Indian journal of veterinary science and animal husbandry - Volume 9,
Year: 1939
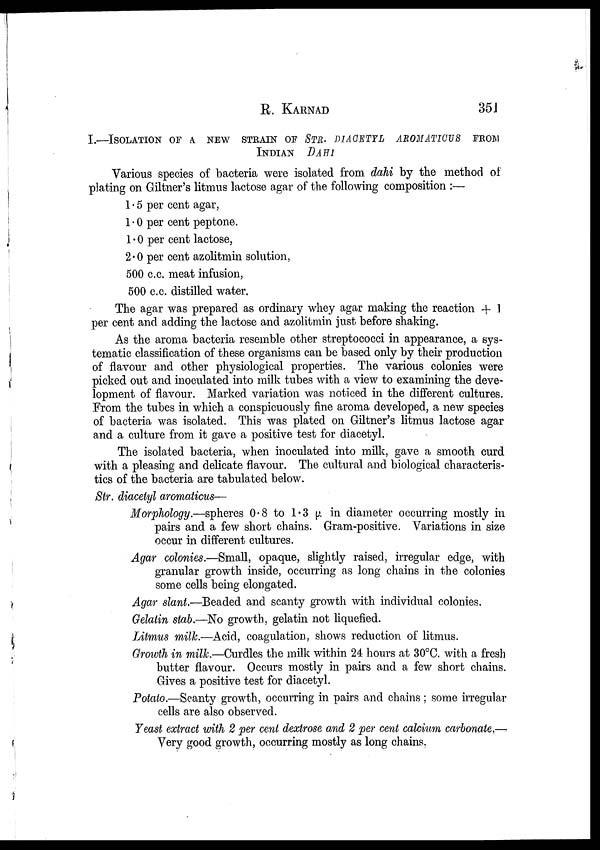
R.
KARNAD
351
I.—ISOLATION OF A NEW STRAIN OF STR. DIACETYL AROM
INDIAN DAHI
Various species of bacteria were isolated from dahi by the method of
plating on Giltner's litmus lactose agar of the following composition :—
1 . 5 per cent agar,
1 . 0 per cent peptone.
1 . 0 per cent lactose,
2 . 0 per cent azolitmin solution,
500 c.c. meat infusion,
500 c.c. distilled water.
The agar was prepared as ordinary whey agar making the reaction + 1
per cent and adding the lactose and azolitmin just before shaking.
As the aroma bacteria resemble other streptococci in appearance, a sys
tematic classification of these organisms can be based only by their production
of flavour and other physiological properties. The various colonies were
picked out and inoculated into milk tubes with a view to examining the deve
lopment of flavour. Marked variation was noticed in the different cultures.
From the tubes in which a conspicuously fine aroma developed, a new species
of bacteria was isolated. This was plated on Giltner's litmus lactose agar
and a culture from it gave a positive test for diacetyl.
The isolated bacteria, when inoculated into milk, gave a smooth curd
with a pleasing and delicate flavour. The cultural and biological characteris
tics of the bacteria are tabulated below.
Str. diacetyl aromaticus—
Morphology.—spheres 0.8 to 1.3 μ in diameter occurring mostly in
pairs and a few short chains. Gram-positive. Variations in size
occur in different cultures.
Agar colonies.—Small, opaque, slightly raised, irregular edge, with
granular growth inside, occurring as long chains in the colonies
some cells being elongated.
Agar slant.—Beaded and scanty growth with individual colonies.
Gelatin stab.—No growth, gelatin not liquefied.
Litmus milk.—Acid, coagulation, shows reduction of litmus.
Growth in milk.—Curdles the milk within 24 hours at 30°C. with a fresh
butter flavour. Occurs mostly in pairs and a few short chains.
Gives a positive test for diacetyl.
Potato.—Scanty growth, occurring in pairs and chains; some irregular
cells are also observed.
Yeast extract with 2 per cent dextrose and 2 per cent calcium carbonate.—
Very good growth, occurring mostly as long chains.